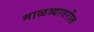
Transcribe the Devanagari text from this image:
माळव्यावरील